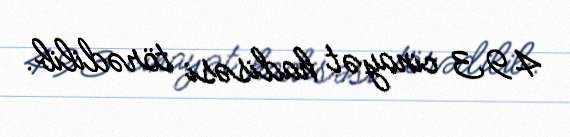
493 cinayət hadisəsi törədilib.